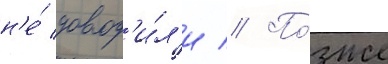
н'е́ довод'и́л'и // По́зже